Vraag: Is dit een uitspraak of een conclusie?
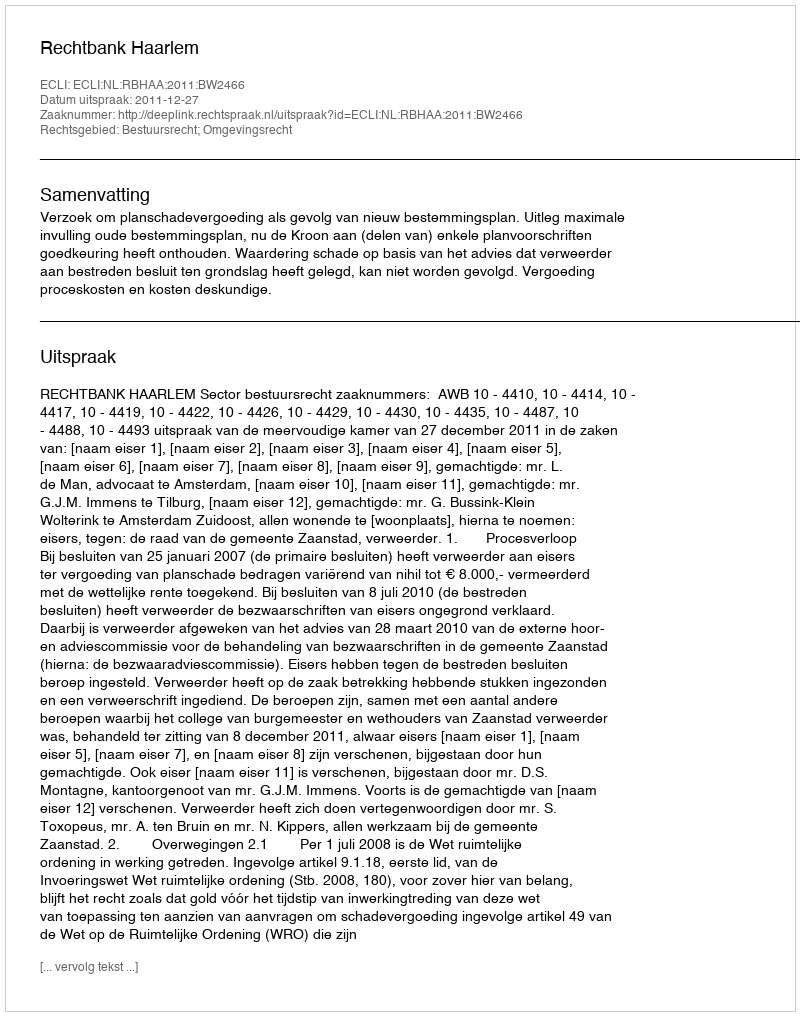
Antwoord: Uitspraak